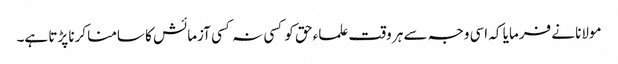
مولانا نے فرمایا کہ اسی وجہ سے ہر وقت علماء حق کو کسی نہ کسی آزمائش کا سامنا کرنا پڑتا ہے۔